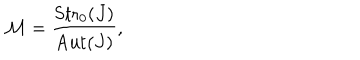
LaTeX: { \cal M } = { \frac { \mathrm { S t r } _ { 0 } ( J ) } { \mathrm { A u t } ( J ) } } ,